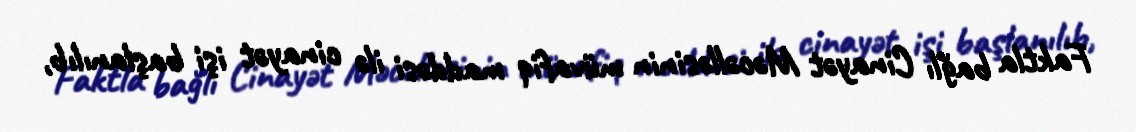
Faktla bağlı Cinayət Məcəlləsinin müvafiq maddəsi ilə cinayət işi başlanılıb,